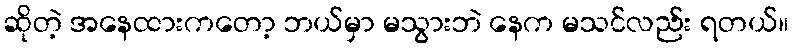
ဆိုတဲ့ အနေထားကတော့ ဘယ်မှာ မသွားဘဲ နေက မသင်လည်း ရတယ်။